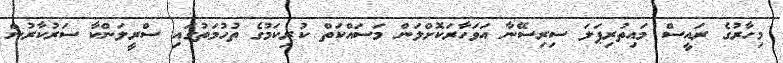
މިހާރުގެ ރައީސް މައިތުރިޕަލަ ސިރިސޭނާ އަވަހާރަކޮށްލަން މަސައްކަތް ކުރިކަމުގެ ތުހުމަތުގައި ސްރީލަންކާ ސަރުކާރުން